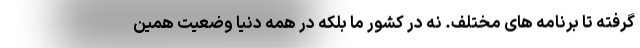
گرفته تا برنامه های مختلف. نه در کشور ما بلکه در همه دنیا وضعیت همین